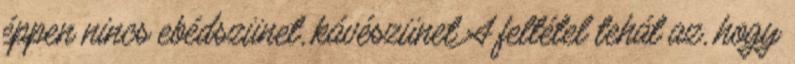
éppen nincs ebédszünet, kávészünet A feltétel tehát az, hogy